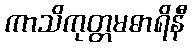
ကာသိကုတ္တမဓာရိနီ